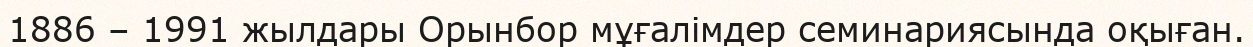
1886 – 1991 жылдары Орынбор мұғалімдер семинариясында оқыған.